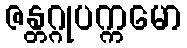
ဇန္တဂ္ဂုပက္ကမော